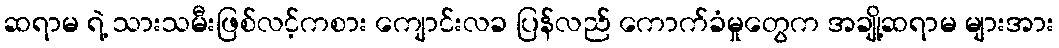
ဆရာမ ရဲ့ သားသမီးဖြစ်လင့်ကစား ကျောင်းလခ ပြန်လည် ကောက်ခံမှုတွေက အချို့ဆရာမ များအား